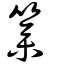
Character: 篸